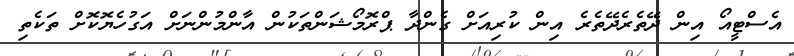
އެސްޓީއޯ އިން ދޭތެރެދޭތެރެ އިން ކުރިއަށް ގެންދާ ޕްރޮމޯޝަންތަކުން އާންމުންނަށް އަގުހެޔޮކޮށް ތަކެތި